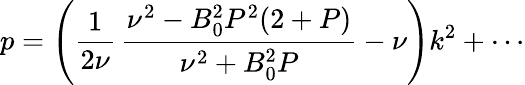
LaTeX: p=\left(\frac{1}{2\nu}\, \frac{\nu^{2}-B_{0}^{2}P^{2}(2+P)}{\nu^{2}+B_{0}^{2}P}-\nu\right)k^{2}+\cdots